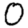
Digit: 0